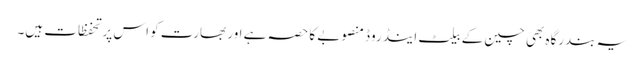
یہ بندرگاہ بھی چین کے بیلٹ اینڈ روڈ منصوبے کا حصہ ہے اور بھارت کو اس پر تحفظات ہیں۔